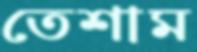
তেশাম